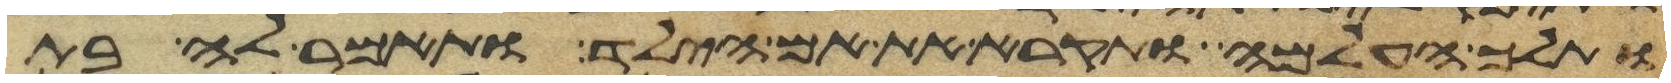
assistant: ותלך העלמה ותקרא את אם הילד ותאמר לה בת